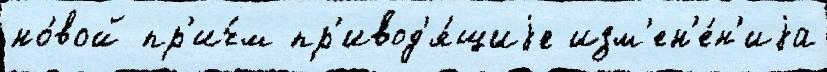
но́вой пр'ич́м пр'ивод'я́щиjе изм'ен'е́н'иjа